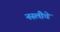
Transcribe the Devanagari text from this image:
नस्लीचे